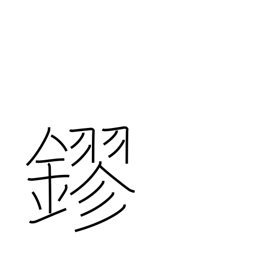
Meaning: gold